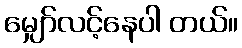
မျှော်လင့်နေပါ တယ်။